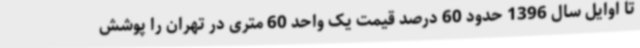
تا اوایل سال 1396 حدود 60 درصد قیمت یک واحد 60 متری در تهران را پوشش